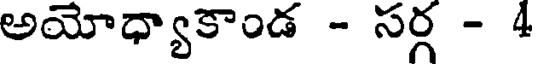
అయోధ్యాకాండ - సర్గ - 4